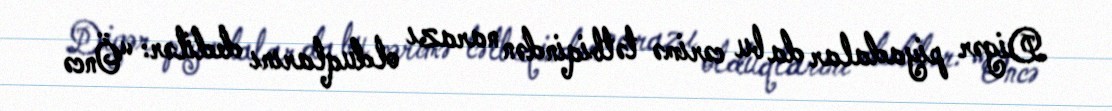
Digər piyadalar da bu cərimə tətbiqindən narazı olduqlarını dedilər: “Öncə